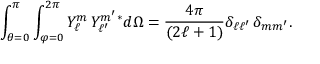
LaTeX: \int _ { \theta = 0 } ^ { \pi } \int _ { \varphi = 0 } ^ { 2 \pi } Y _ { \ell } ^ { m } \, Y _ { \ell ^ { \prime } } ^ { m ^ { \prime } } { } ^ { * } d \Omega = { \frac { 4 \pi } { ( 2 \ell + 1 ) } } \delta _ { \ell \ell ^ { \prime } } \, \delta _ { m m ^ { \prime } } .